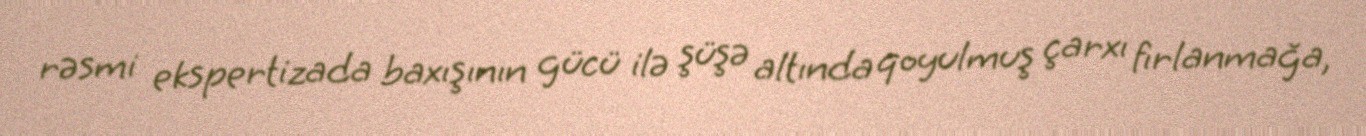
rəsmi ekspertizada baxışının gücü ilə şüşə altında qoyulmuş çarxı fırlanmağa,